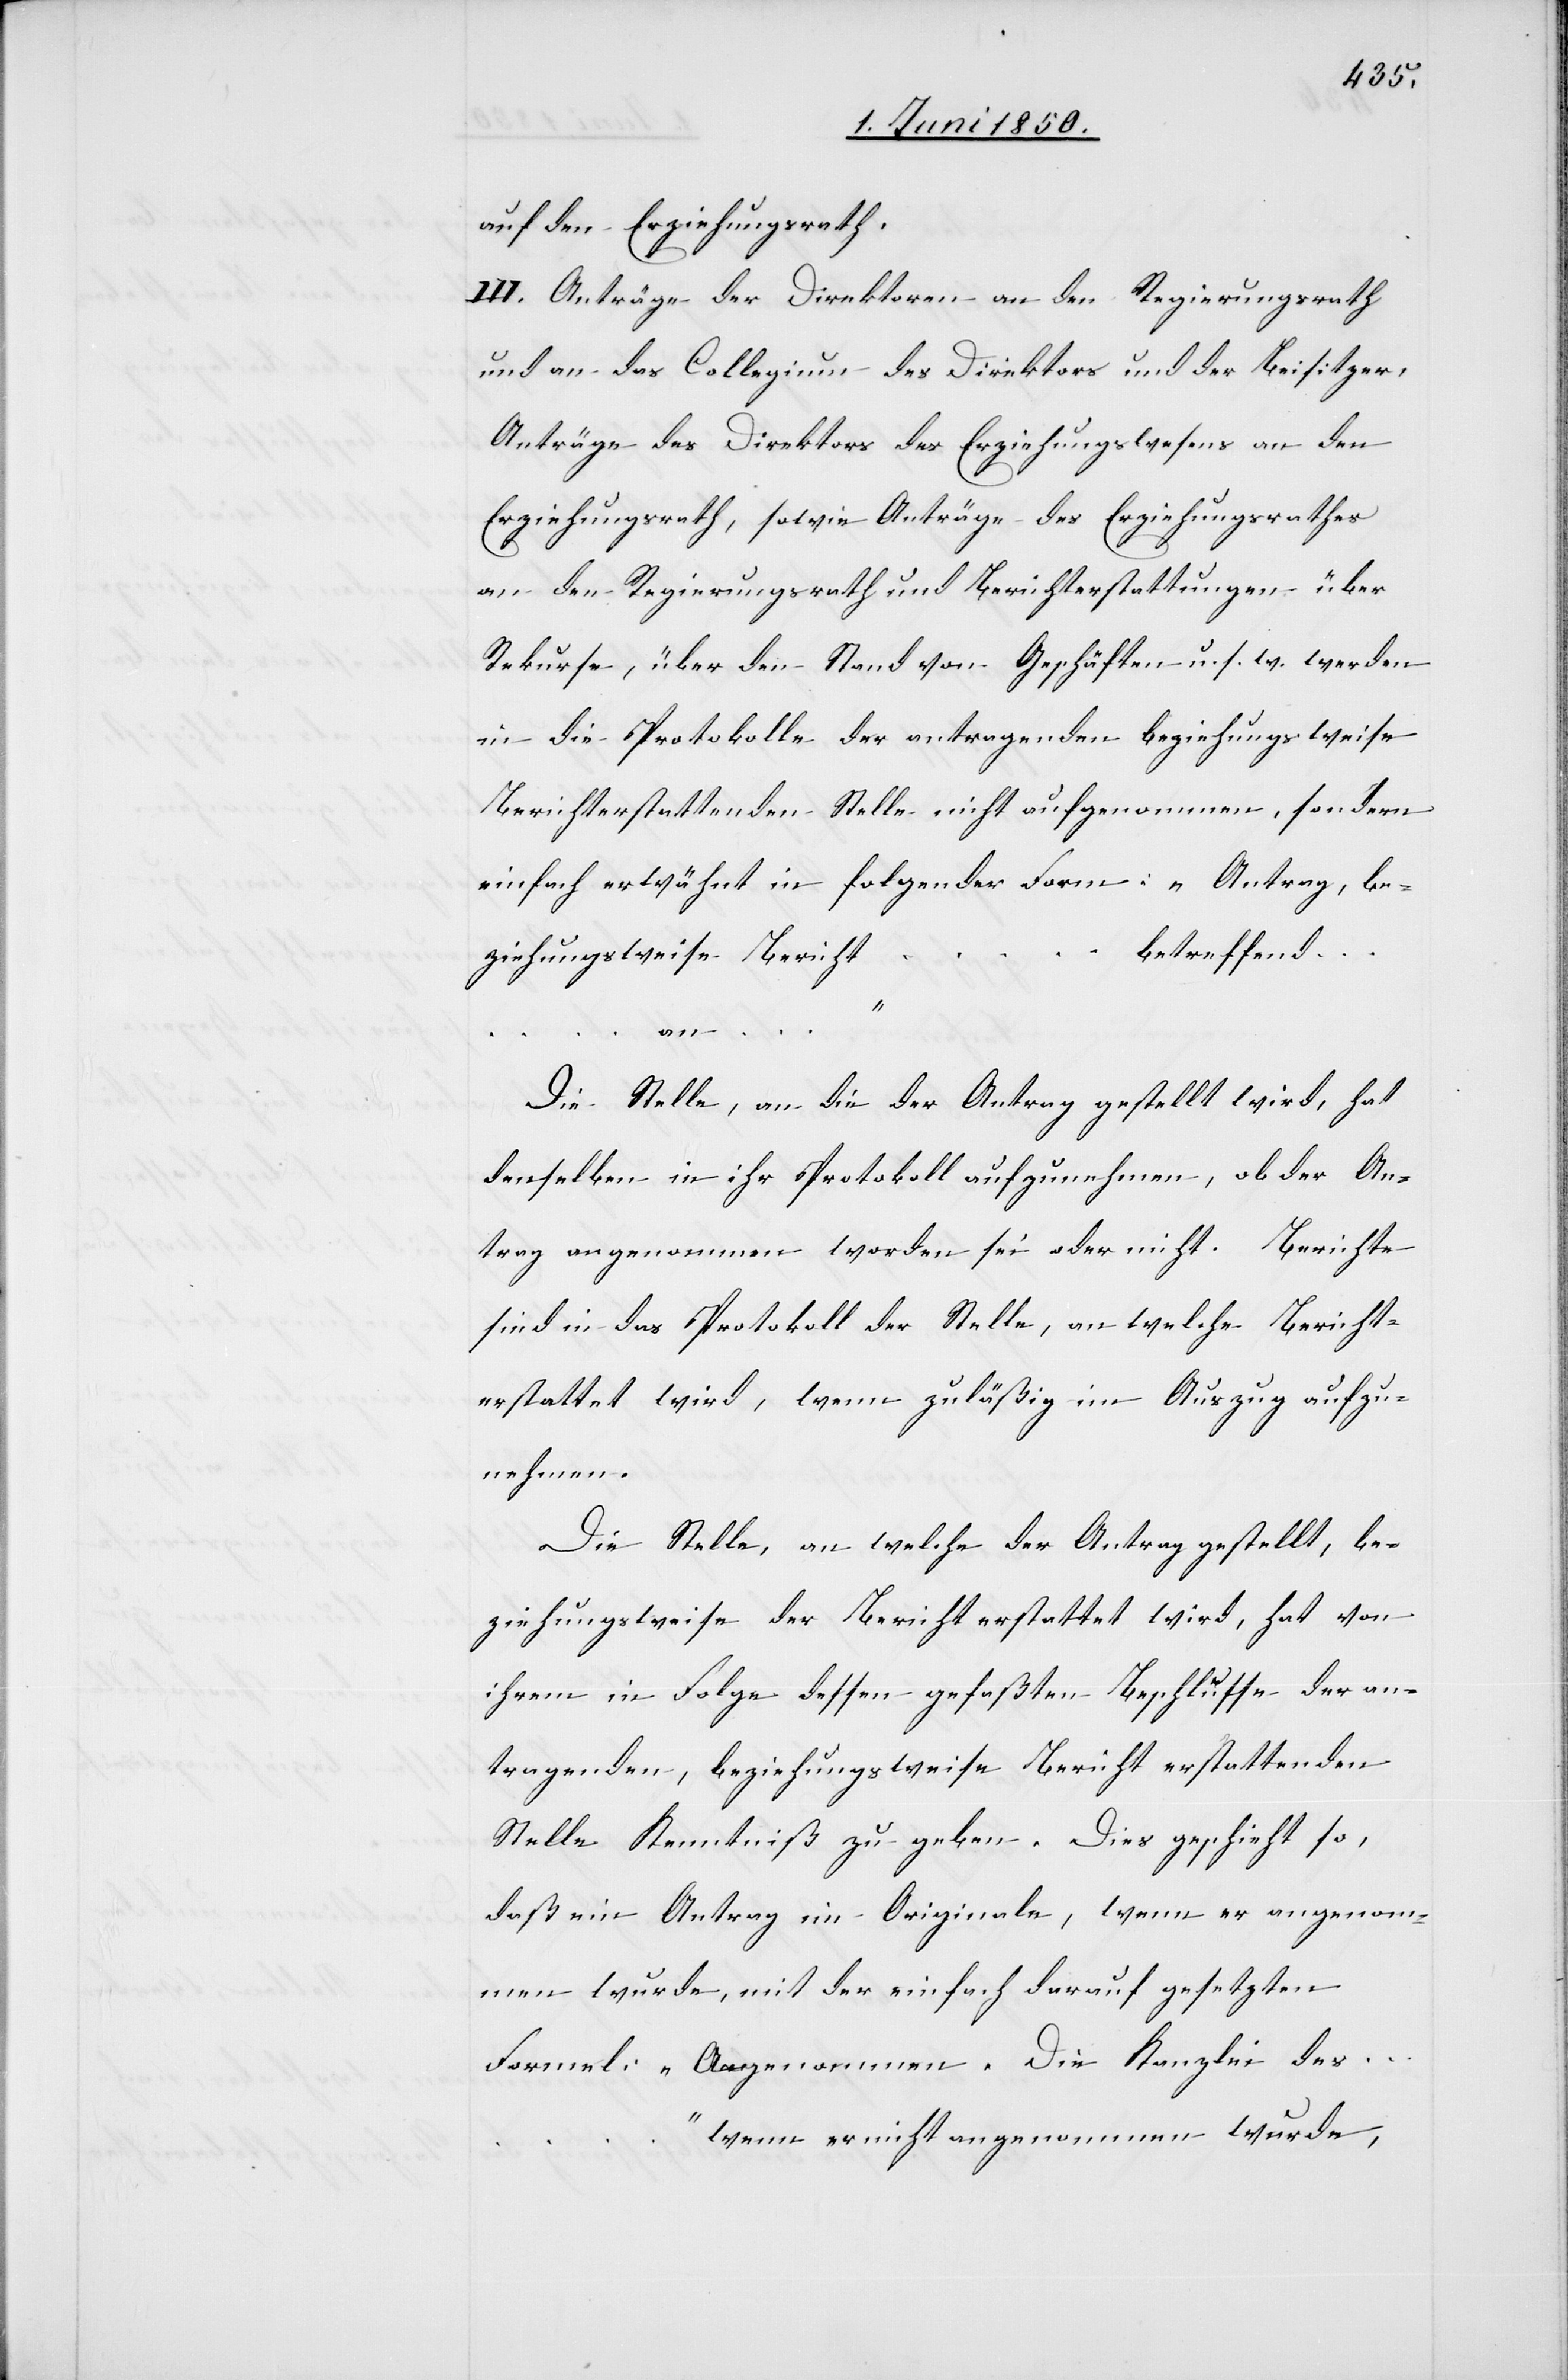
auf den Erziehungsrath.
III. Anträge der Direktoren an den Regierungsrath
und an das Collegium des Direktors und der Beisitzer,
Anträge des Direktors des Erziehungswesens an den
Erziehungsrath, sowie Anträge des Erziehungsrathes
an den Regierungsrath und Berichterstattungen über
Rekurse, über den Stand von Geschäften u. s. w. werden
in die Protokolle der antragenden beziehungsweise
Berichterstattenden Stelle nicht aufgenommen, sondern
einfach erwähnt in folgender Form: „Antrag, be¬
betreffend
ziehungsweise Bericht
…
… an …“
Die Stelle, an die der Antrag gestellt wird, hat
denselben in ihr Protokoll aufzunehmen, ob der An¬
trag angenommen worden sei oder nicht. Berichte
sind in das Protokoll der Stelle, an welche Bericht¬
erstattet wird, wenn zuläßig im Auszug aufzu¬
nehmen.
Die Stelle, an welche der Antrag gestellt, be¬
ziehungsweise der Bericht erstattet wird, hat von
ihrem in Folge dessen gefaßten Beschlusse der an¬
tragenden, beziehungsweise Bericht erstattenden
Stelle Kenntniß zu geben. Dies geschieht so,
daß ein Antrag im Originale, wenn er angenom¬
men wurde, mit der einfach darauf gesetzten
Formel: „Angenommen. Die Kanzlei des
wenn er nicht angenommen wurde,